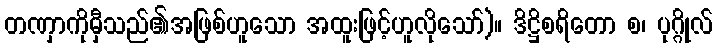
တဏှာကိုမှီသည်၏အဖြစ်ဟူသော အထူးဖြင့်ဟူလိုသော်)။ ဒိဋ္ဌိစရိတော စ၊ ပုဂ္ဂိုလ်